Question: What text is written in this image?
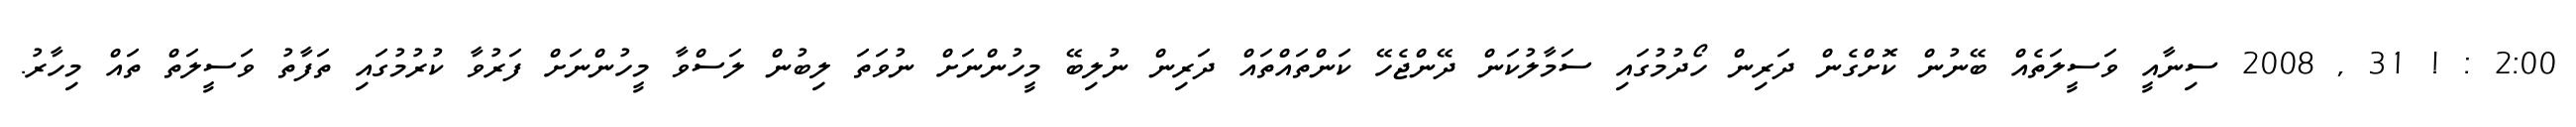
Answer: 2:00 : ! 31 , 2008 ސިނާއީ ވަސީލަތެއް ބޭނުން ކޮށްގެން ދަރިން ހޯދުމުގައި ސަމާލުކަން ދޭންޖެހޭ ކަންތައްތައް ދަރިން ނުލިބޭ މީހުންނަށް ނުވަތަ ލިބުން ލަސްވާ މީހުންނަށް ފަރުވާ ކުރުމުގައި ތަފާތު ވަސީލަތް ތައް މިހާރު.